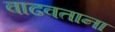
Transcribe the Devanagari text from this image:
वाढवताना